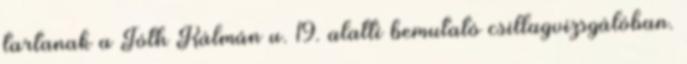
tartanak a Tóth Kálmán u. 19. alatti bemutató csillagvizsgálóban.